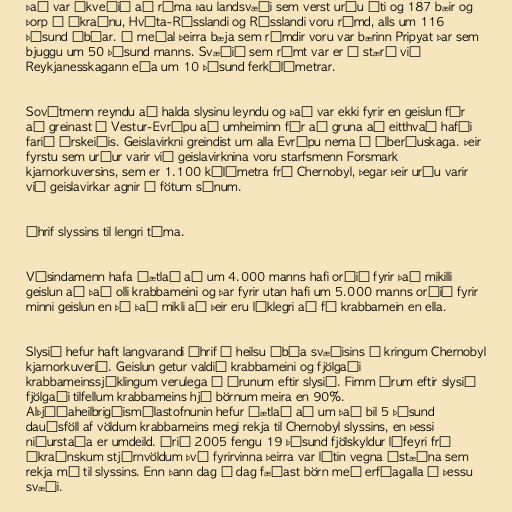
Það var ákveðið að rýma þau landsvæði sem verst urðu úti og 187 bæir og
þorp í Úkraínu, Hvíta-Rússlandi og Rússlandi voru rýmd, alls um 116
þúsund íbúar. Á meðal þeirra bæja sem rýmdir voru var bærinn Pripyat þar sem
bjuggu um 50 þúsund manns. Svæðið sem rýmt var er á stærð við
Reykjanesskagann eða um 10 þúsund ferkílómetrar.

Sovétmenn reyndu að halda slysinu leyndu og það var ekki fyrir en geislun fór
að greinast í Vestur-Evrópu að umheiminn fór að gruna að eitthvað hafði
farið úrskeiðis. Geislavirkni greindist um alla Evrópu nema á Íberíuskaga. Þeir
fyrstu sem urður varir við geislavirknina voru starfsmenn Forsmark
kjarnorkuversins, sem er 1.100 kílómetra frá Chernobyl, þegar þeir urðu varir
við geislavirkar agnir á fötum sínum.

Áhrif slyssins til lengri tíma.

Vísindamenn hafa áætlað að um 4.000 manns hafi orðið fyrir það mikilli
geislun að það olli krabbameini og þar fyrir utan hafi um 5.000 manns orðið fyrir
minni geislun en þó það mikli að þeir eru líklegri að fá krabbamein en ella.

Slysið hefur haft langvarandi áhrif á heilsu íbúa svæðisins í kringum Chernobyl
kjarnorkuverið. Geislun getur valdið krabbameini og fjölgaði
krabbameinssjúklingum verulega á árunum eftir slysið. Fimm árum eftir slysið
fjölgaði tilfellum krabbameins hjá börnum meira en 90%.
Alþjóðaheilbrigðismálastofnunin hefur áætlað að um það bil 5 þúsund
dauðsföll af völdum krabbameins megi rekja til Chernobyl slyssins, en þessi
niðurstaða er umdeild. Árið 2005 fengu 19 þúsund fjölskyldur lífeyri frá
úkraínskum stjórnvöldum því fyrirvinna þeirra var látin vegna ástæðna sem
rekja má til slyssins. Enn þann dag í dag fæðast börn með erfðagalla á þessu
svæði.